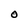
Character: O